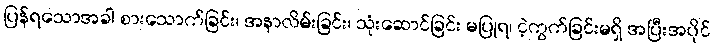
ပြန်ရသောအခါ စားသောက်ခြင်း၊ အနာလိမ်းခြင်း၊ သုံးဆောင်ခြင်း မပြုရ၊ ငဲ့ကွက်ခြင်းမရှိ အပြီးအပိုင်